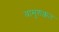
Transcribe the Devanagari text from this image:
बामुशक्कत